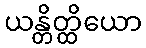
ယန္တိတ္ထိယော